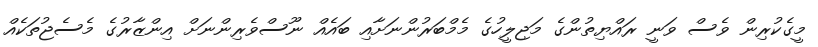
މީގެކުރިން ވެސް ވަނީ ރައްޔިތުންގެ މަޖިލީހުގެ މެމްބަރުންނަށާއި ބައެއް ނޫސްވެރިންނަށް އިންޒާރުގެ މެސެޖުތަކެއް